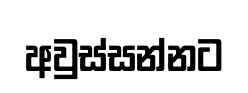
අවුස්සන්නට